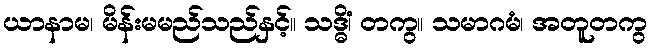
ယာနာမ၊ မိန်းမမည်သည်နှင့်။ သဒ္ဓိံ၊ တကွ။ သမာဂမံ၊ အတူတကွ